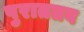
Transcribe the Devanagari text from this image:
पुराततव